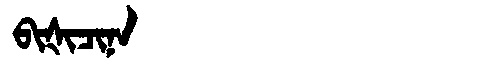
Manchu: ᠪᡳᡧᡳᠴᡳᠨᠠ
Romanization: BIŠICINA